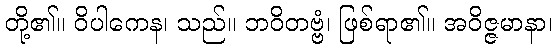
တို့၏။ ဝိပါကေန၊ သည်။ ဘဝိတဗ္ဗံ၊ ဖြစ်ရာ၏။ အဝိဇ္ဇမာနာ၊